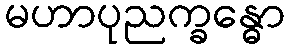
မဟာပုညက္ခန္ဓော